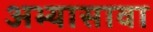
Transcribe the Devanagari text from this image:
अभ्यासावा